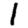
Digit: 1